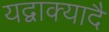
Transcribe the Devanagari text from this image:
यद्वाक्यादै